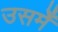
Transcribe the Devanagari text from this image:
उसमेँ